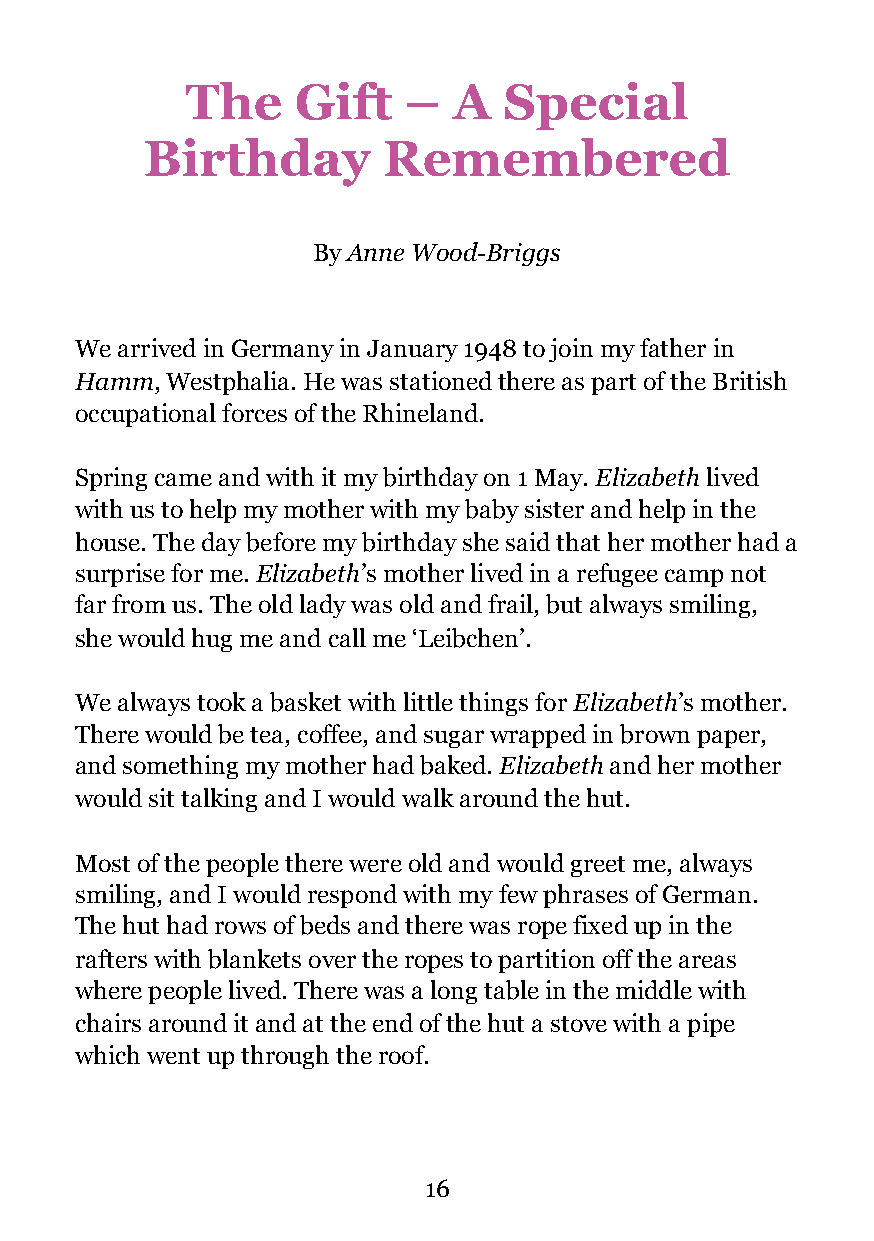
The     Gift   –  A  Special
 Birthday       Remembered
 By Anne Wood-Briggs
 We arrived in Germany in January 1948 to join my father in
 Hamm, Westphalia. He was stationed there as part of the British
 occupational forces of the Rhineland.
 Spring came and with it my birthday on 1 May. Elizabeth lived
 with us to help my mother with my baby sister and help in the
 house. The day before my birthday she said that her mother had a
 surprise for me. Elizabeth’s mother lived in a refugee camp not
 far from us. The old lady was old and frail, but always smiling,
 she would hug me and call me ‘Leibchen’.
 We always took a basket with little things for Elizabeth’s mother.
 There would be tea, coffee, and sugar wrapped in brown paper,
 and something my mother had baked. Elizabeth and her mother
 would sit talking and I would walk around the hut.
 Most of the people there were old and would greet me, always
 smiling, and I would respond with my few phrases of German.
 The hut had rows of beds and there was rope fixed up in the
 rafters with blankets over the ropes to partition off the areas
 where people lived. There was a long table in the middle with
 chairs around it and at the end of the hut a stove with a pipe
 which went up through the roof.
 !16